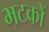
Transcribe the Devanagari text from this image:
भटकों